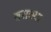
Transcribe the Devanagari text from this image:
बसक्या